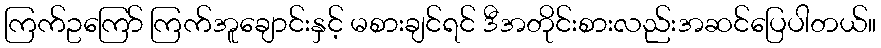
ကြက်ဥကြော် ကြက်အူချောင်းနှင့် မစားချင်ရင် ဒီအတိုင်းစားလည်းအဆင်ပြေပါတယ်။